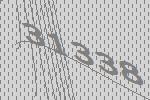
31338